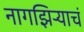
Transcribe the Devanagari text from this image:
नागझिऱ्याचं